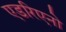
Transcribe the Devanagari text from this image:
एडरिएनो